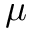
\mu